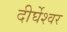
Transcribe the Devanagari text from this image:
दीर्घेश्वर